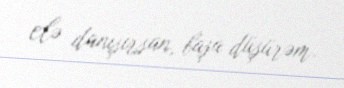
elə danışırsan, başa düşürəm.